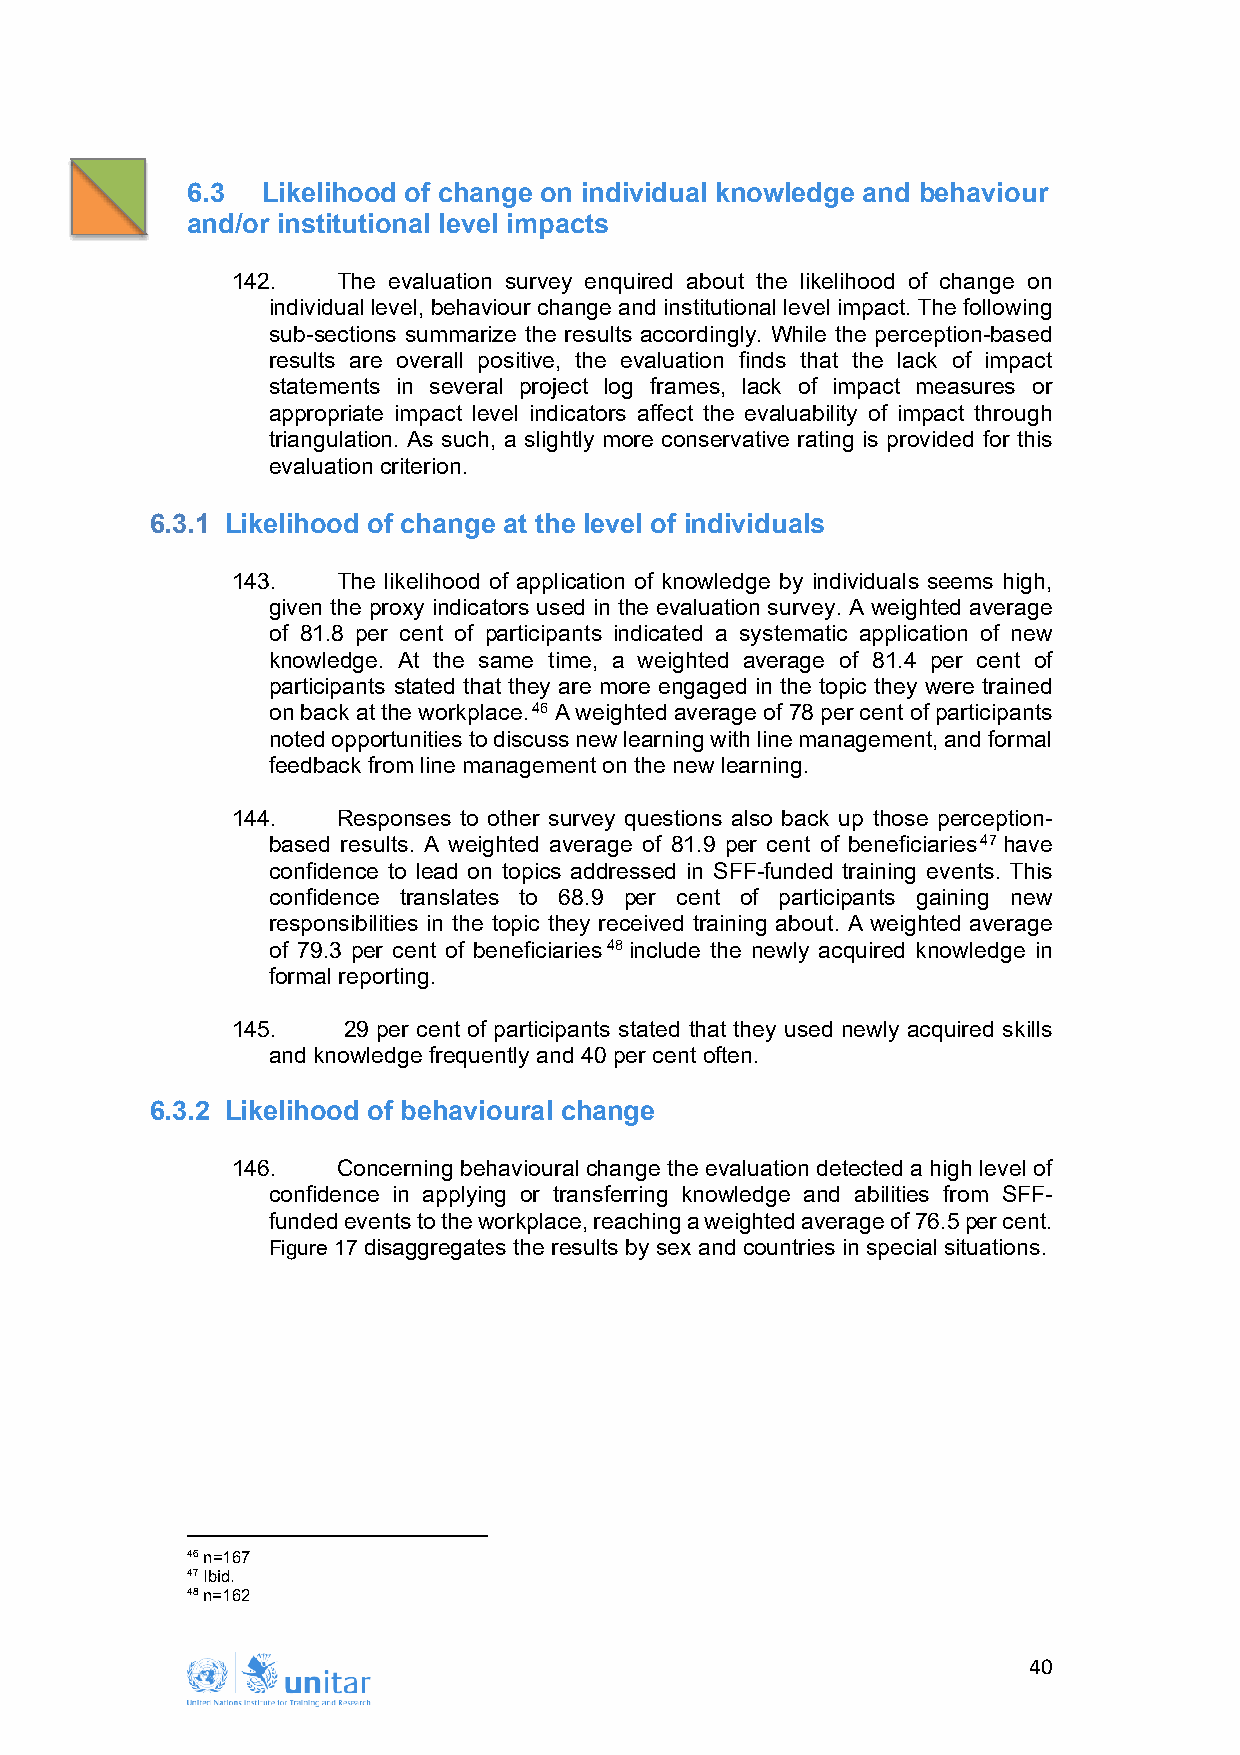
6.3  Likelihood of change on individual knowledge and behaviour
 and/or institutional level impacts
 142.   The evaluation survey enquired about the likelihood of change on
 individual level, behaviour change and institutional level impact. The following
 sub-sections summarize the results accordingly. While the perception-based
 results are overall positive, the evaluation finds that the lack of impact
 statements in several project log frames, lack of impact measures or
 appropriate impact level indicators affect the evaluability of impact through
 triangulation. As such, a slightly more conservative rating is provided for this
 evaluation criterion.
 6.3.1 Likelihood of change at the level of individuals
 143.   The likelihood of application of knowledge by individuals seems high,
 given the proxy indicators used in the evaluation survey. A weighted average
 of 81.8 per cent of participants indicated a systematic application of new
 knowledge. At the same time, a weighted average of 81.4 per cent of
 participants stated that they are more engaged in the topic they were trained
 on back at the workplace.46 A weighted average of 78 per cent of participants
 noted opportunities to discuss new learning with line management, and formal
 feedback from line management on the new learning.
 144.   Responses to other survey questions also back up those perception-
 based results. A weighted average of 81.9 per cent of beneficiaries47 have
 confidence to lead on topics addressed in SFF-funded training events. This
 confidence translates to 68.9 per cent of participants gaining new
 responsibilities in the topic they received training about. A weighted average
 of 79.3 per cent of beneficiaries48 include the newly acquired knowledge in
 formal reporting.
 145.    29 per cent of participants stated that they used newly acquired skills
 and knowledge frequently and 40 per cent often.
 6.3.2 Likelihood of behavioural change
 146.   Concerning behavioural change the evaluation detected a high level of
 confidence in applying or transferring knowledge and abilities from SFF-
 funded events to the workplace, reaching a weighted average of 76.5 per cent.
 Figure 17 disaggregates the results by sex and countries in special situations.
 46 n=167
 47 Ibid.
 48 n=162
 40